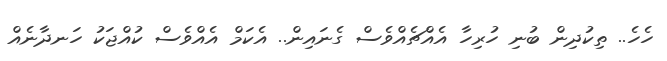
ހެހެ.. ތިކުދިން ބުނި ހުރިހާ އެއްޗެއްވެސް ގެނައިން.. އެކަމް އެއްވެސް ކުއްޖަކު ހަނދާނެއް